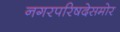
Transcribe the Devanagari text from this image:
नगरपरिषदेसमोर